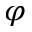
\varphi